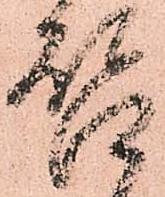
啓